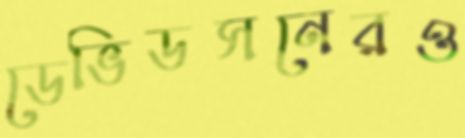
ডেভিডসনেরও